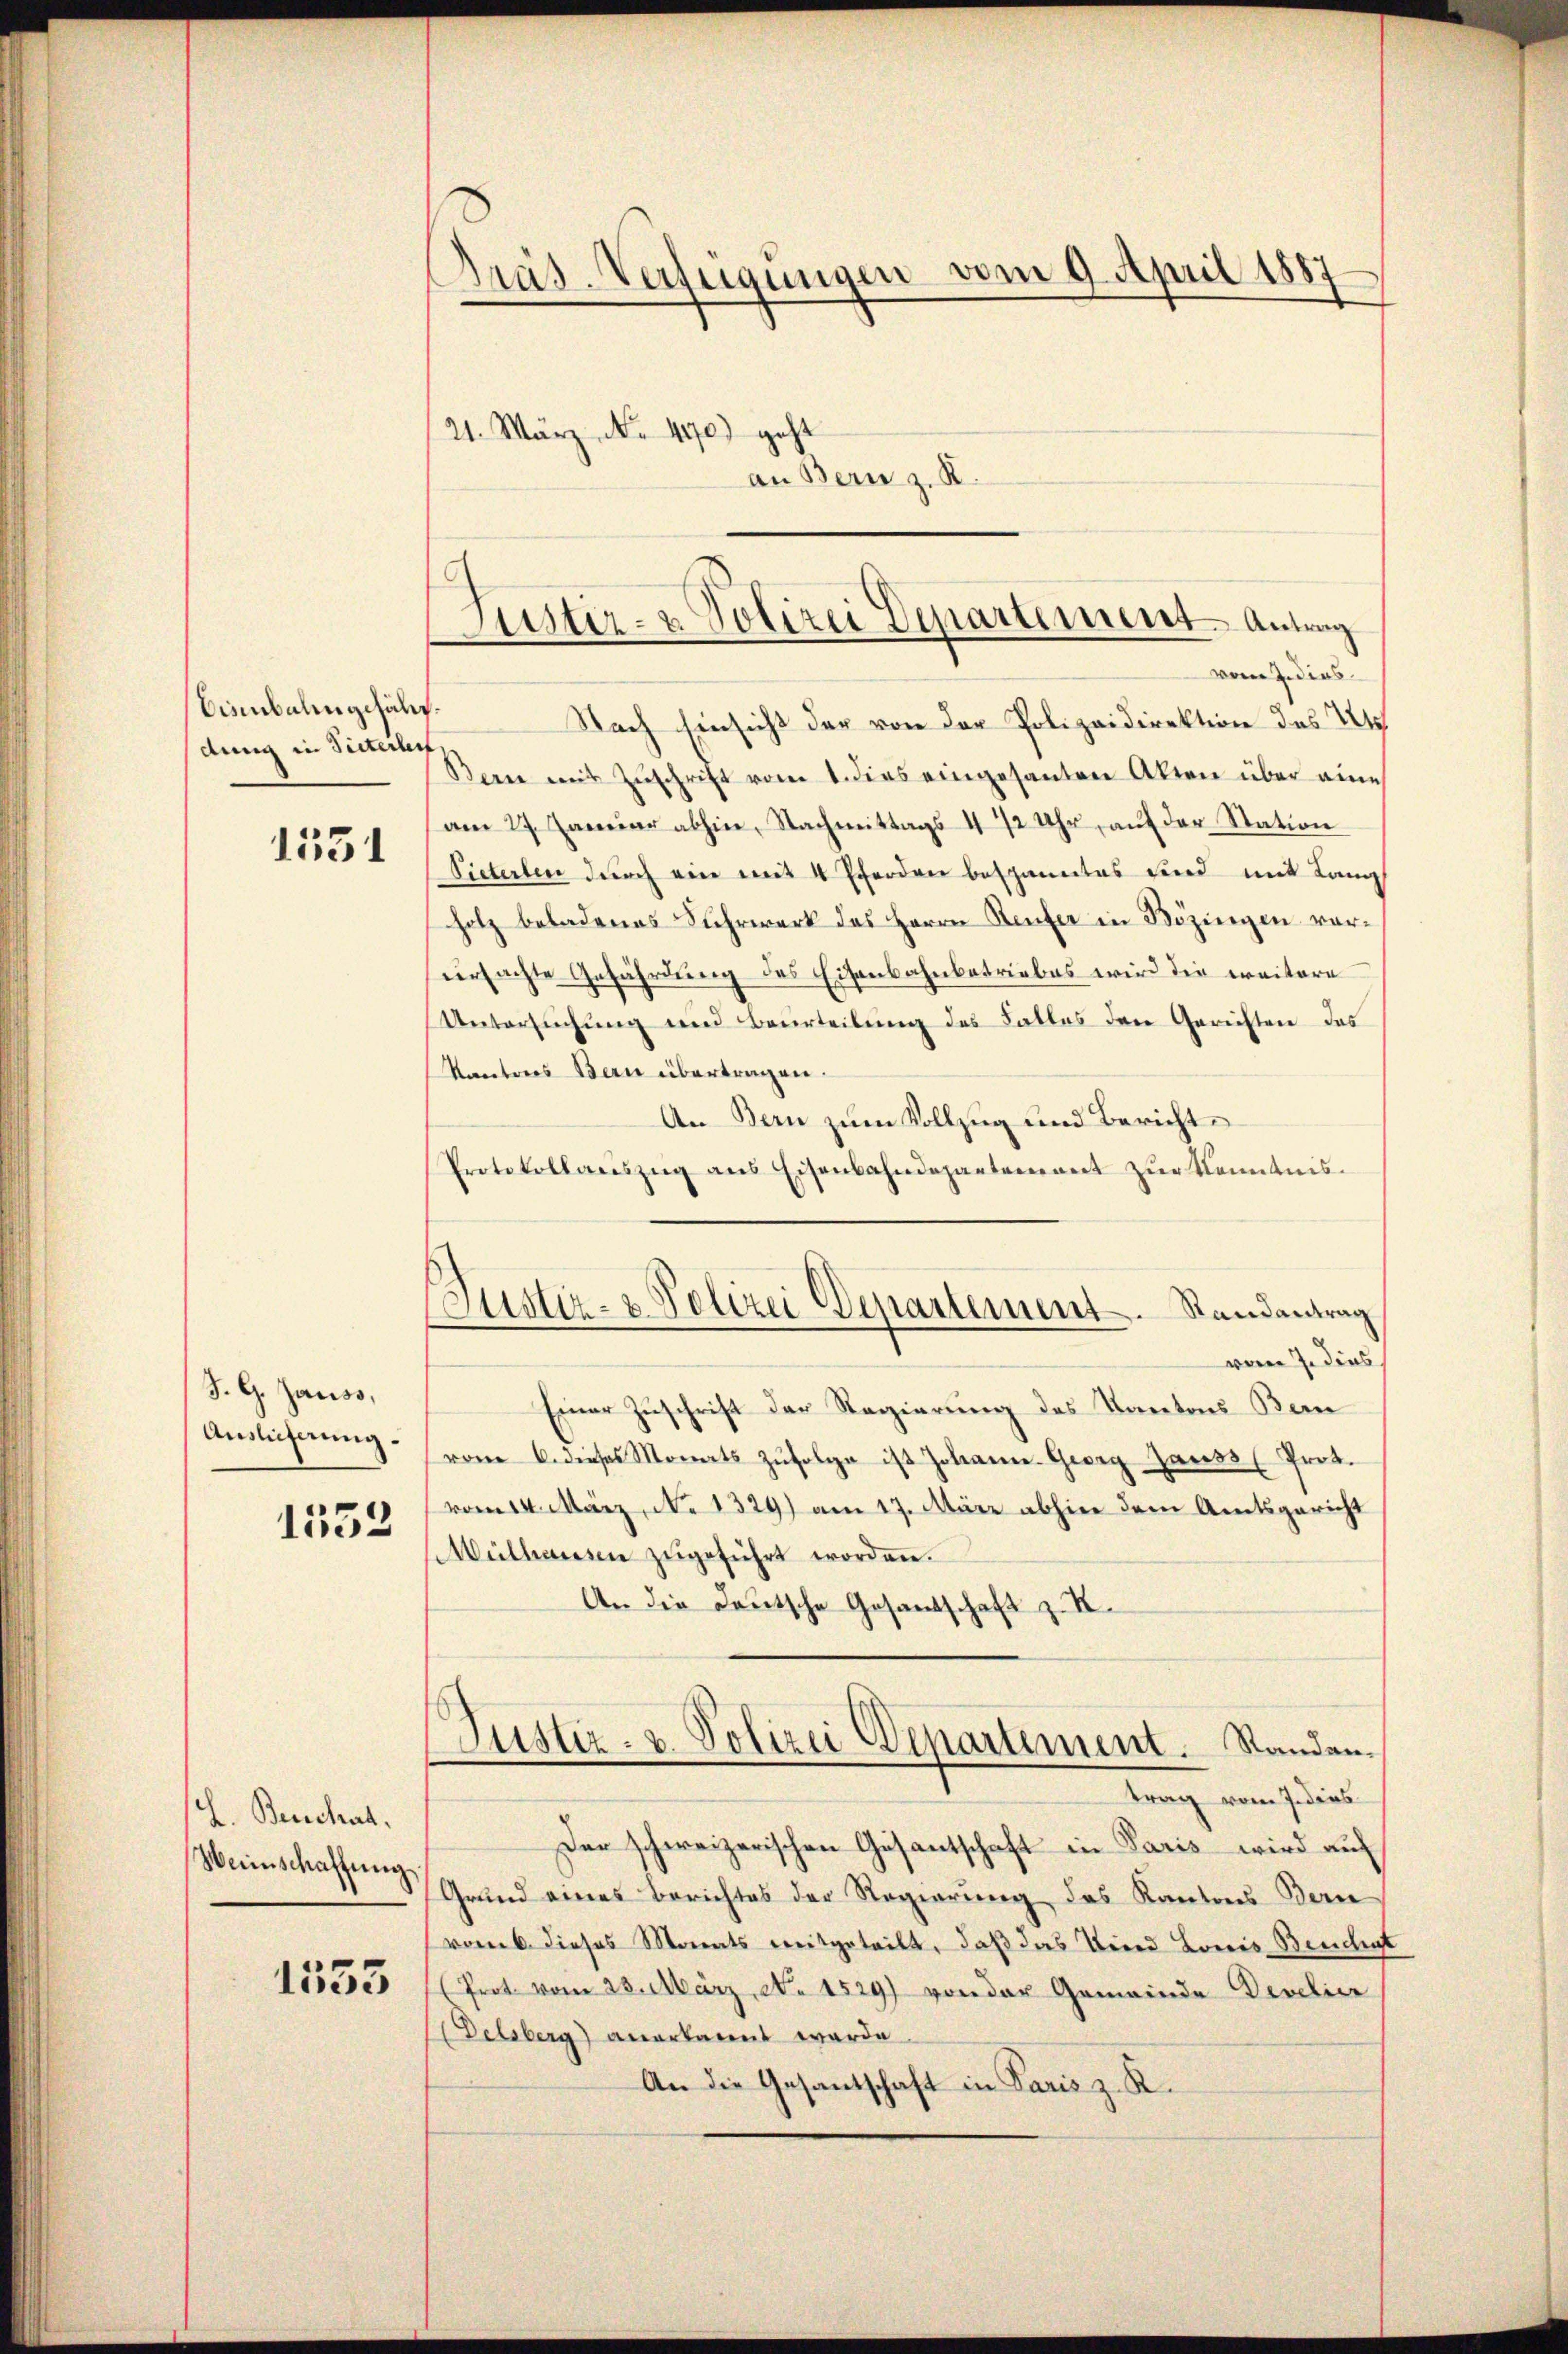
Bisenbalengehält.
dung in Sitterlei

1551

J. G. Jauso,
Auslicherung.

1553

.
Benchat.
Weinschaffung.

1533

Gräs-Verfügungen vom 9. April 1887
21. März No. 490) geht

an Bern z. B.

Justiz- & Polizei Departement. Antrag
vom 7. dies

.
Justiz- & Polizei Departement. Randantrag

Nach Einsicht der von der Polizeidirektion des U
Berne mit Zŭschrift vom 1. dies eingesanten Akten über eine
am 27. Januar abhin, Nachmittags 4 1/2 Uhr, aŭf der Station
Pieterlen durch ein mit 4 Pferden bespanntes sind mit Lang
holz beladenes Fuhrwerk des Herrn Renter in Bözingen vorursachte Gefährdung des Eisenbahnbetriebes wird die ereitere
Untersuchung und Beurteilung des Falles den Gerichten das
Kantons Bern übertragen.
An Bern zum Vollzug und Bericht
Protokollaŭszŭg ans Eisenbahndepartement zŭr Kenntnisvom 7. dies
Einer Zuschrift der Regierung des Kantons Bern
vom 6. dieses Monats zŭfolge ist Johanne Georg Gauss (Prot.
vom 14. März, No 1329) am 17. März abhin dem Amtsgericht
Mülhausen zŭgeführt worden.
An die Deutsche Gesandschaft z. R.
Justiz- & Polizei Departement. Standen.
trag vom 7. dies
Der schweizerischen Gesantschaft in Paris wird auf
Grund eines Berichtes der Regierung des Kantons Bern
vom 6. dieses Monats mitgeteilt, daß das Kind Louis Brudent
(Prot. vom 23. März, No. 1529) von der Gemeinde Develier
(Delsberg) anerkannt werde.
An die Gesantschaft in Paris z. R.